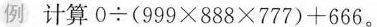
例 计算$$0 \div ( 9 9 9 \times 8 8 8 \times 7 7 7 ) + 6 6 6$$。